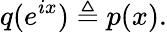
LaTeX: q(e^{ix})\triangleq p(x).